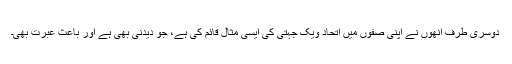
دوسری طرف انھوں نے اپنی صفوں میں اتحاد ویک جہتی کی ایسی مثال قائم کی ہے، جو دیدنی بھی ہے اور باعثِ عبرت بھی۔